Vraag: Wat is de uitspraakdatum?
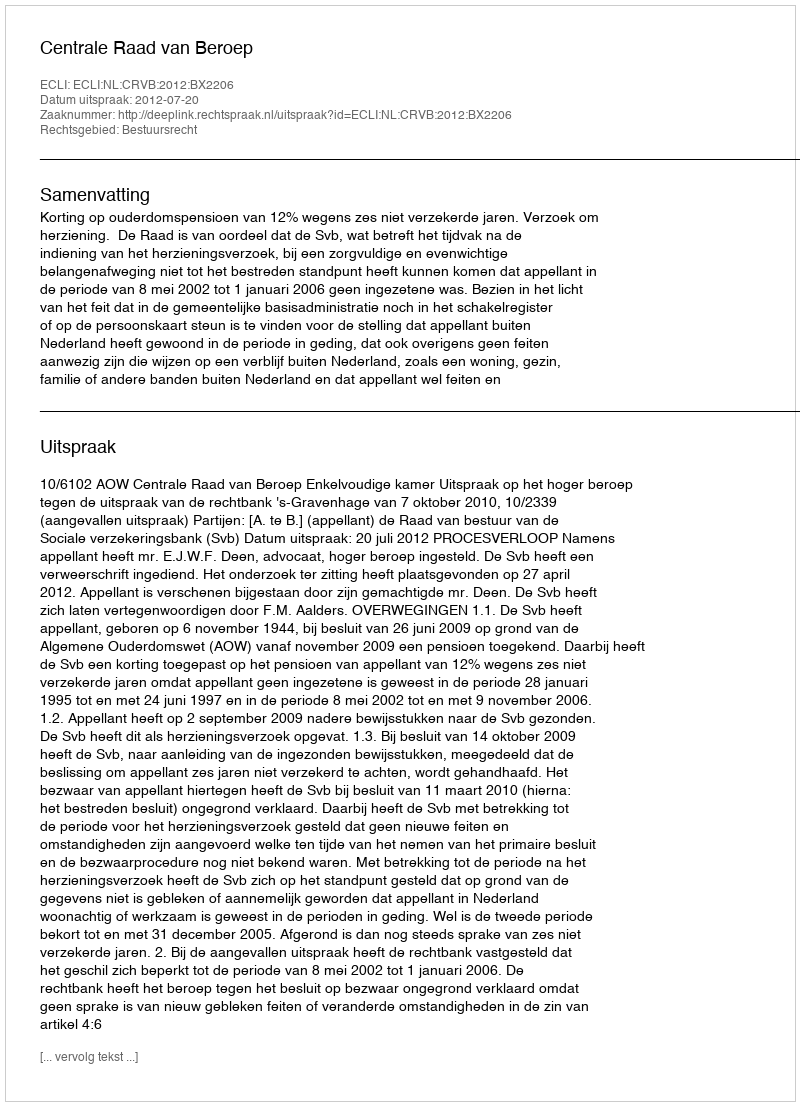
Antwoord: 2012-07-20